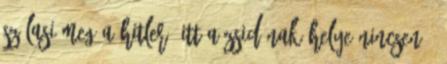
Szálasi meg a Hitler, itt a zsidónak helye nincsen."